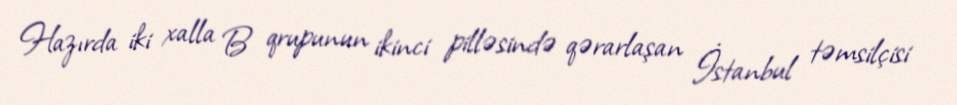
Hazırda iki xalla B qrupunun ikinci pilləsində qərarlaşan İstanbul təmsilçisi